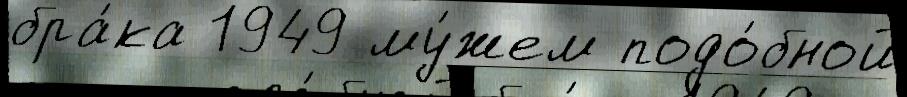
бра́ка 1949 му́жем подо́бной